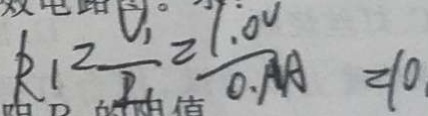
R _ { 1 } = \frac { U _ { 1 } } { R _ { 1 } } = \frac { 1 . 0 V } { 0 . 1 A } = 1 0